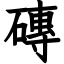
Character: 磚